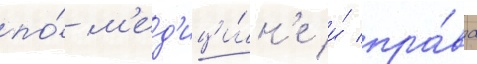
по́ м'ед'ици́н'е и́ пра́ва